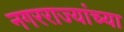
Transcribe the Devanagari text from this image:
नगरराज्यांच्या